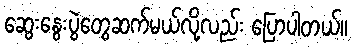
ဆွေးနွေးပွဲတွေဆက်မယ်လို့လည်း ပြောပါတယ်။